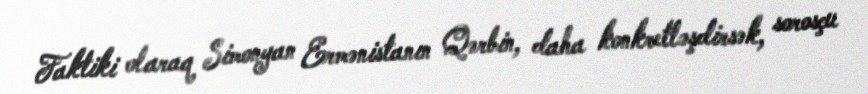
Faktiki olaraq Simonyan Ermənistanın Qərbin, daha konkretləşdirsək, sorosçu